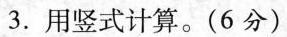
3.用竖式计算。(6分)